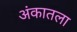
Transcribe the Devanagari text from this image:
अंकातला